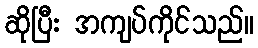
ဆိုပြီး အကျပ်ကိုင်သည်။